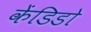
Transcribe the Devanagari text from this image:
केंडिडो